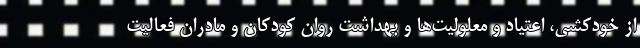
از خودکشی، اعتیاد و معلولیت‌ها و بهداشت روان کودکان و مادران فعالیت